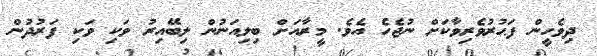
ދިވެހީން ފަޙުރުވެރިވާކަށް ނުޖެހެ އެވެ. މީރާއަށް ބިލިއަނުން ލިބޭއިރު ވަކި ވަކި ފަރުދުން